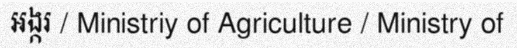
អង្ករ / Ministriy of Agriculture / Ministry of